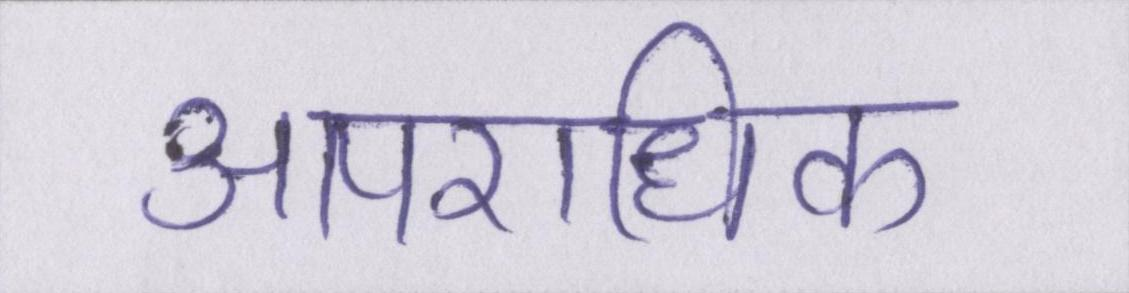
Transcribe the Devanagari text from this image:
आपराधिक